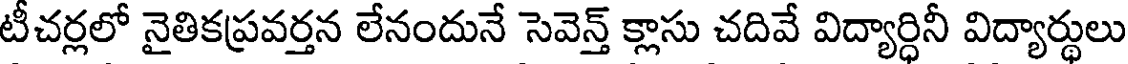
టీచర్లలో నైతికప్రవర్తన లేనందునే సెవెన్త్ క్లాసు చదివే విద్యార్ధినీ విద్యార్థులు